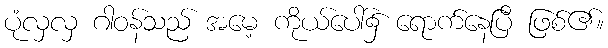
ပုံလှလှ ဂါဝန်သည် အမေ့ ကိုယ်ပေါ်၌ ရောက်နေပြီ ဖြစ်၏။